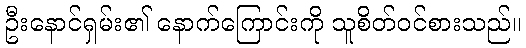
ဦးနောင်ရှမ်း၏ နောက်ကြောင်းကို သူစိတ်ဝင်စားသည်။